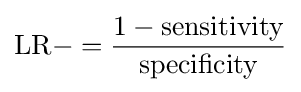
{\text{LR}}-={\frac {1-{\text{sensitivity}}}{\text{specificity}}}